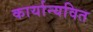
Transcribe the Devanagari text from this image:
कार्यान्यवित